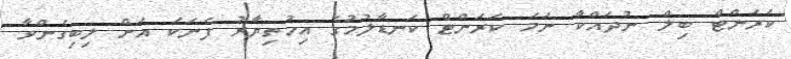
ކަރަންޓް ބިލް ނުދައްކާ ނަމަ ކަރަންޓް ކަނޑާލުމުގެ އިހުތިޔާރު ފެނަކަ އަށް ލިބިގެންވާ